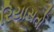
રિયાસતો